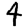
Digit: 4